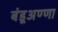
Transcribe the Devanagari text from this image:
बंडूअण्णा